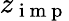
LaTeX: z_{\mathrm{~i~m~p~}}